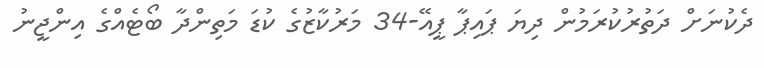
ދެކުނަށް ދަތުރުކުރަމުން ދިޔަ ޕައިޕާ ޕީއޭ-34 މަރުކާޒުގެ ކުޑަ މަތިންދާ ބޯޓެއްގެ އިންޖީނު